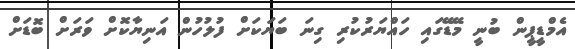
އެމްޑީޕީން ބުނީ މޭޑޭގައި ހައްޔަރުކުރި ގިނަ ބަޔަކަށް ފުލުހުން އަނިޔާކޮށް ވަރަށް ބޮޑަށް